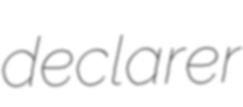
declarer